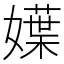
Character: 𡢬